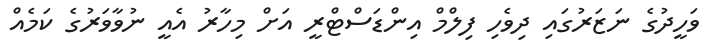
ވަހީދުގެ ނަޒަރުގައި ދިވެހި ފިލްމް އިންޑަސްޓްރީ އަށް މިހާރު އެއީ ނުވާވަރުގެ ކަމެއް